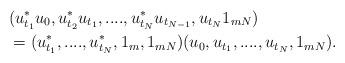
LaTeX: \begin{align*}&( u_{t_1}^*u_0,u_{t_2}^*u_{t_1},....,u_{t_{N}}^*u_{t_{N-1}},u_{t_N}1_{mN}) \\ &=(u_{t_1}^*,....,u_{t_N}^*,1_m,1_{mN})( u_0,u_{t_1},....,u_{t_N},1_{mN}).\end{align*}